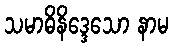
သမာဓိနိဒ္ဒေသော နာမ